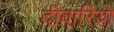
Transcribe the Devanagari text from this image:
दीवारियों